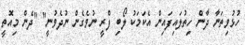
ހުޅުވިތަނާ ދާން ހިތުލައިފައިން އެކަމަކު ލޯބި ފްރީ ނުވެގެން ނުދެވުނީ" "ދެން މިއޮތީ